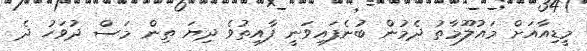
މީޑިއާއަށް މައުލޫމާތު ދެމުން ބުނެފައިވަނީ ފާއިތުވެ ދިޔަ ތިން މަސް ދުވަހު ދެ